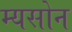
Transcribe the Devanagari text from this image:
म्यसोन